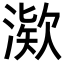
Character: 𪶿